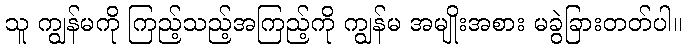
သူ ကျွန်မကို ကြည့်သည့်အကြည့်ကို ကျွန်မ အမျိုးအစား မခွဲခြားတတ်ပါ။